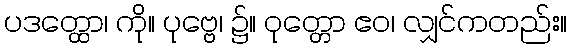
ပဒတ္ထော၊ ကို။ ပုဗ္ဗေ၊ ၌။ ဝုတ္တော ဧဝ၊ လျှင်ကတည်း။